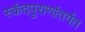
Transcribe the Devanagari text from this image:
स्कंदपुराणांतर्गत